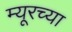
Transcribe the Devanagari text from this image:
म्यूरच्या